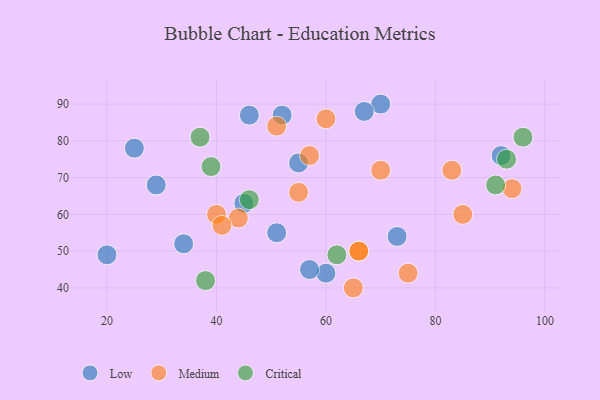
{"axis": {"x": "GDP", "y": "Life Expectancy"}, "legend": ["Critical", "Low", "Medium"], "data": [{"x": "34", "y": 52, "type": "Low"}, {"x": "20", "y": 49, "type": "Low"}, {"x": "52", "y": 87, "type": "Low"}, {"x": "51", "y": 55, "type": "Low"}, {"x": "29", "y": 68, "type": "Low"}, {"x": "73", "y": 54, "type": "Low"}, {"x": "70", "y": 90, "type": "Low"}, {"x": "45", "y": 63, "type": "Low"}, {"x": "60", "y": 44, "type": "Low"}, {"x": "25", "y": 78, "type": "Low"}, {"x": "67", "y": 88, "type": "Low"}, {"x": "57", "y": 45, "type": "Low"}, {"x": "46", "y": 87, "type": "Low"}, {"x": "92", "y": 76, "type": "Low"}, {"x": "55", "y": 74, "type": "Low"}, {"x": "75", "y": 44, "type": "Medium"}, {"x": "94", "y": 67, "type": "Medium"}, {"x": "55", "y": 66, "type": "Medium"}, {"x": "44", "y": 59, "type": "Medium"}, {"x": "57", "y": 76, "type": "Medium"}, {"x": "66", "y": 50, "type": "Medium"}, {"x": "83", "y": 72, "type": "Medium"}, {"x": "65", "y": 40, "type": "Medium"}, {"x": "60", "y": 86, "type": "Medium"}, {"x": "66", "y": 50, "type": "Medium"}, {"x": "51", "y": 84, "type": "Medium"}, {"x": "85", "y": 60, "type": "Medium"}, {"x": "40", "y": 60, "type": "Medium"}, {"x": "41", "y": 57, "type": "Medium"}, {"x": "70", "y": 72, "type": "Medium"}, {"x": "96", "y": 81, "type": "Critical"}, {"x": "39", "y": 73, "type": "Critical"}, {"x": "93", "y": 75, "type": "Critical"}, {"x": "62", "y": 49, "type": "Critical"}, {"x": "46", "y": 64, "type": "Critical"}, {"x": "91", "y": 68, "type": "Critical"}, {"x": "38", "y": 42, "type": "Critical"}, {"x": "37", "y": 81, "type": "Critical"}]}